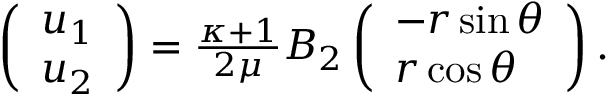
\begin{array} { r } { \left( \begin{array} { l } { u _ { 1 } } \\ { u _ { 2 } } \end{array} \right) = \frac { \kappa + 1 } { 2 \mu } B _ { 2 } \left( \begin{array} { l } { - r \sin \theta } \\ { r \cos \theta } \end{array} \right) . } \end{array}